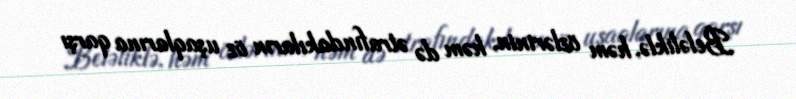
Beləliklə, həm özlərinin, həm də ətrafındakıların öz uşaqlarına qarşı